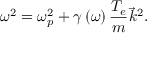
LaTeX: \omega ^ { 2 } = \omega _ { p } ^ { 2 } + \gamma \left( \omega \right) { \frac { T _ { e } } { m } } { \vec { k } } ^ { 2 } .